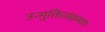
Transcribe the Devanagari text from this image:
उन्मुक्तिसंक्रमण